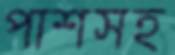
পাশসহ